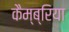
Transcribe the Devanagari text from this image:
कैम्ब्रिया